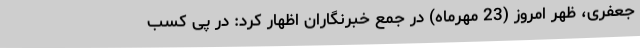
جعفری، ظهر امروز (23 مهرماه) در جمع خبرنگاران اظهار کرد: در پی کسب